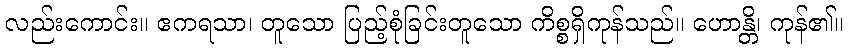
လည်းကောင်း။ ဧကရသာ၊ တူသော ပြည့်စုံခြင်းတူသော ကိစ္စရှိကုန်သည်။ ဟောန္တိ၊ ကုန်၏။